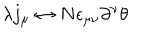
\lambda j _ { \mu } \leftrightarrow N \epsilon _ { \mu \nu } \partial ^ { \nu } \theta